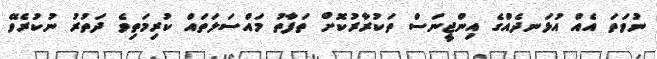
ނުވަތަ އެއް އުޅަނދެއްގެ އިންޖީނަސް ތަކުރާރުކޮށް ތަފާތު މައްސަލަތައް ކުރިމަތިވެ ދަތުރު ނުކުރެވޭ